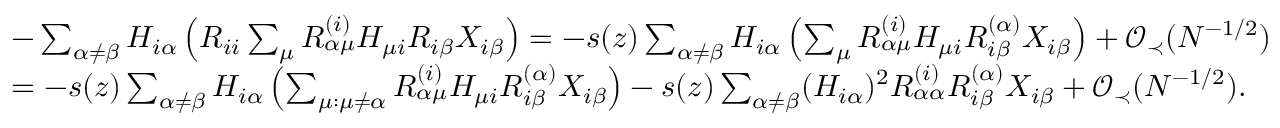
\begin{array} { r l } & { - \sum _ { \alpha \neq \beta } H _ { i \alpha } \left( R _ { i i } \sum _ { \mu } R _ { \alpha \mu } ^ { ( i ) } H _ { \mu i } R _ { i \beta } X _ { i \beta } \right) = - s ( z ) \sum _ { \alpha \neq \beta } H _ { i \alpha } \left( \sum _ { \mu } R _ { \alpha \mu } ^ { ( i ) } H _ { \mu i } R _ { i \beta } ^ { ( \alpha ) } X _ { i \beta } \right) + { \mathcal O } _ { \prec } ( N ^ { - 1 / 2 } ) } \\ & { = - s ( z ) \sum _ { \alpha \neq \beta } H _ { i \alpha } \left( \sum _ { \mu : \mu \neq \alpha } R _ { \alpha \mu } ^ { ( i ) } H _ { \mu i } R _ { i \beta } ^ { ( \alpha ) } X _ { i \beta } \right) - s ( z ) \sum _ { \alpha \neq \beta } ( H _ { i \alpha } ) ^ { 2 } R _ { \alpha \alpha } ^ { ( i ) } R _ { i \beta } ^ { ( \alpha ) } X _ { i \beta } + { \mathcal O } _ { \prec } ( N ^ { - 1 / 2 } ) . } \end{array}